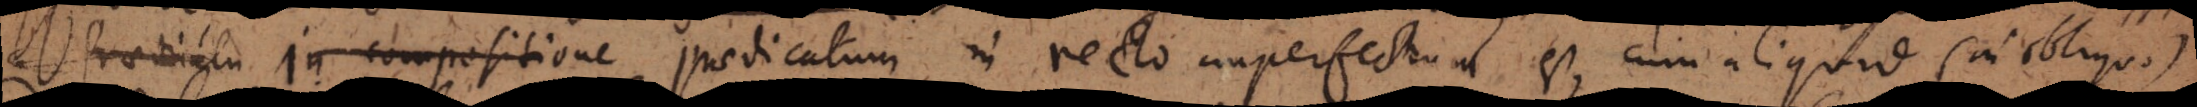
Praedicatu In compositione Praedicatum in recto imperfectum est, cum aliquid (in obliquo)